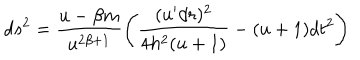
d s ^ { 2 } = \frac { u - \beta m } { u ^ { 2 \beta + 1 } } \left( \frac { ( u ^ { \prime } d r ) ^ { 2 } } { 4 h ^ { 2 } ( u + 1 ) } - ( u + 1 ) d t ^ { 2 } \right)